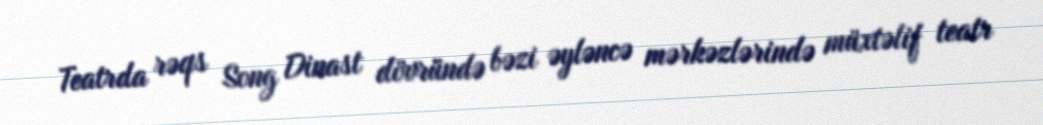
Teatrda rəqs Song Dinast dövründə bəzi əyləncə mərkəzlərində müxtəlif teatr